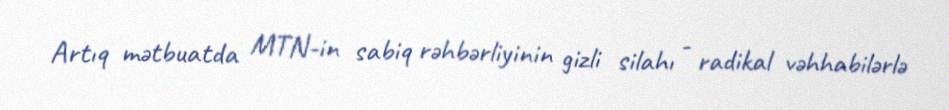
Artıq mətbuatda MTN-in sabiq rəhbərliyinin gizli silahı - radikal vəhhabilərlə